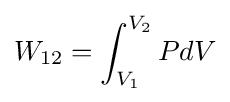
W_{12}=\int _{V_{1}}^{V_{2}}PdV